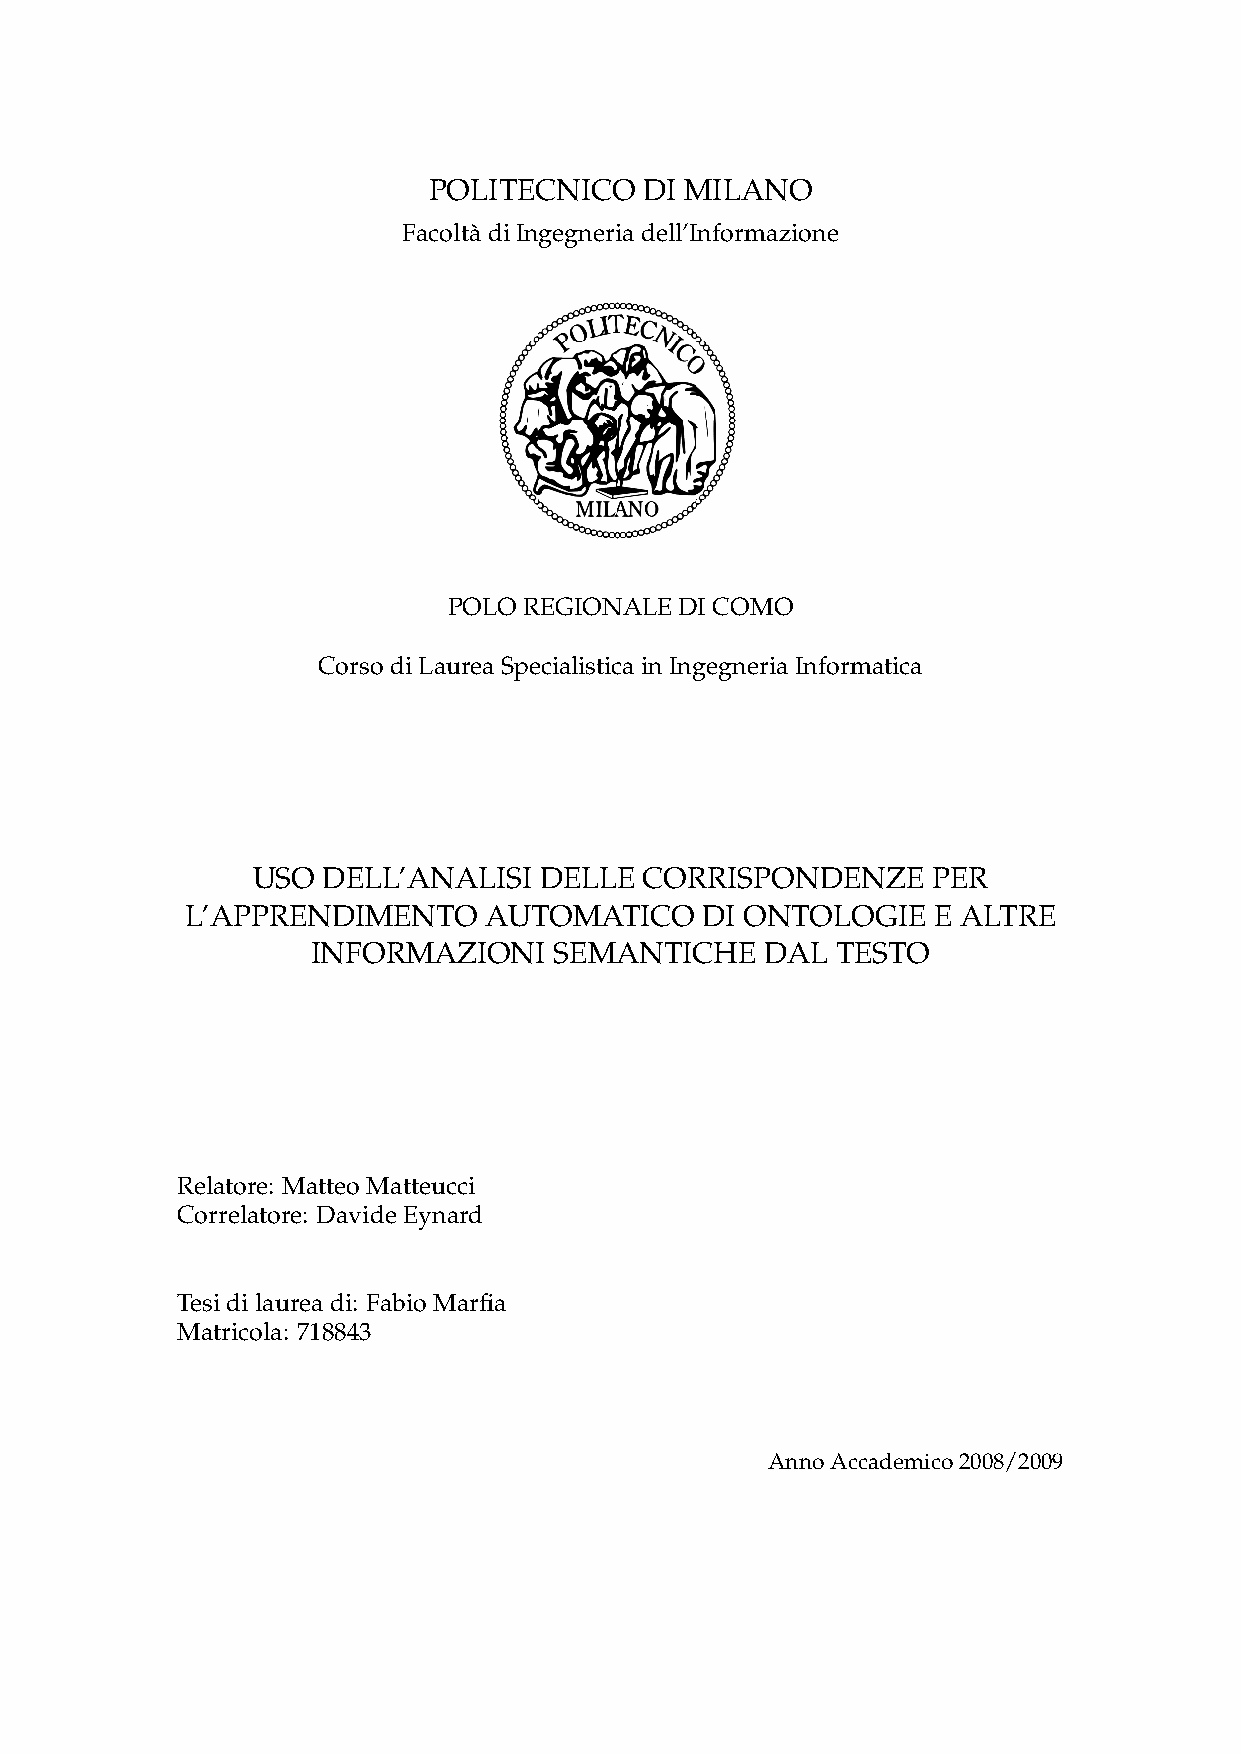
POLITECNICO    DI MILANO
 FacoltàdiIngegneriadell’Informazione
 POLOREGIONALEDICOMO
 CorsodiLaureaSpecialisticainIngegneriaInformatica
 USO DELL’ANALISI   DELLE  CORRISPONDENZE     PER
 L’APPRENDIMENTO     AUTOMATICO     DI ONTOLOGIE   E ALTRE
 INFORMAZIONI    SEMANTICHE    DAL TESTO
 Relatore: MatteoMatteucci
 Correlatore: DavideEynard
 Tesidilaureadi: FabioMarfia
 Matricola: 718843
 AnnoAccademico2008/2009